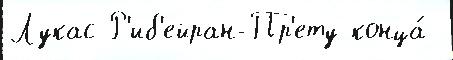
Лукас Р'иб'ейран-Пр'ету конца́